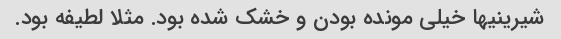
شیرینیها خیلی مونده بودن و خشک شده بود. مثلا لطیفه بود.